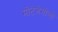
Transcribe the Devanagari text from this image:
मोंटेजेमोलो